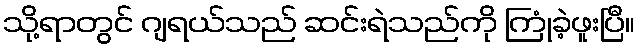
သို့ရာတွင် ဂျရယ်သည် ဆင်းရဲသည်ကို ကြုံခဲ့ဖူးပြီ။